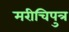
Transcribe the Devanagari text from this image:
मरीचिपुत्र